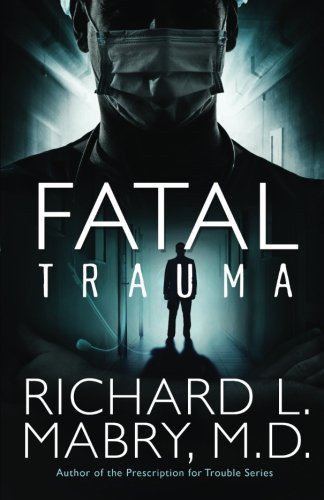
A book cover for Fatal Trauma; Richard L. Mabry M.D.; Mystery, Thriller & Suspense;